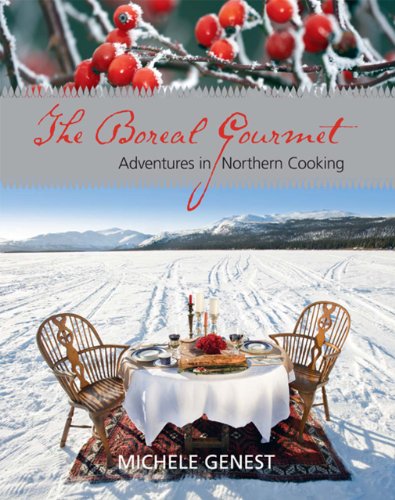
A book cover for The Boreal Gourmet: Adventures in Northern Cooking; Michele Genest; Cookbooks, Food & Wine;